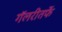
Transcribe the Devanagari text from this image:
गॅलरीतर्फे